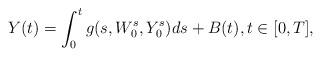
LaTeX: \begin{align*} Y(t)=\int_0^t g(s, W_0^s, Y_0^{s}) ds + B(t), t \in [0, T],\end{align*}